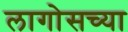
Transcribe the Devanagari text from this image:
लागोसच्या